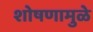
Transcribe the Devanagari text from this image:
शोषणामुळे